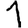
Digit: 1